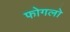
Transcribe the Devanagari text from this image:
फोगलो